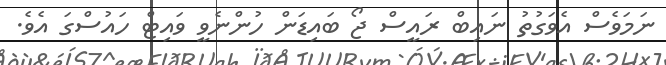
ނަމަވެސް އެވަގުތު ނައިބް ރައީސް ޖޯ ބައިޑަން ހުންނެވީ ވައިޓް ހައުސްގަ އެވެ.